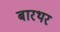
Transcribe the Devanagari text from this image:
बारथर